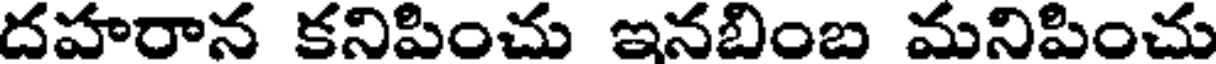
దహరాన కనిపించు ఇనబింబ మనిపించు